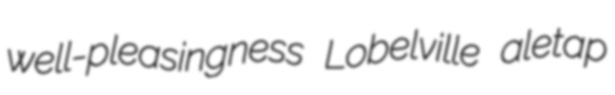
well-pleasingness Lobelville aletap